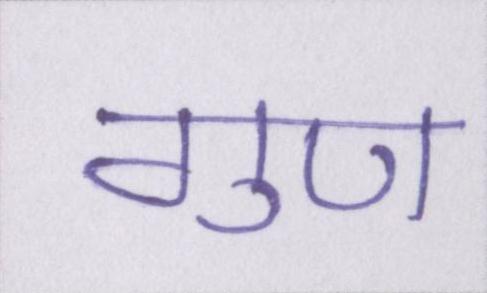
गुण